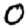
Digit: 0